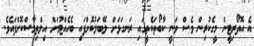
އެ އޮތޯރިޓީން މީގެކުރިން ވެސް ވަނީ ކާބޯތަކެތީގައި ރަނގަޅަށް ލޭބަލުކޮށްފައި ބެހެއްޓުމަށް އިލްތިމާސްކޮށްފައެވެ.